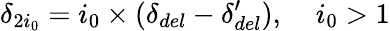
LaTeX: \delta_{2i_{0}}=i_{0}\times(\delta_{del}-\delta_{del}^{\prime}),\; \; \; \ i_{0}>1